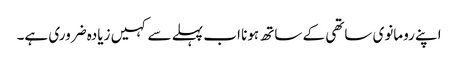
اپنے رومانوی ساتھی کے ساتھ ہونا اب پہلے سے کہیں زیادہ ضروری ہے۔